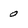
Character: 0